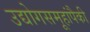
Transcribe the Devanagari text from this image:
उद्योगसमूहांपैकी